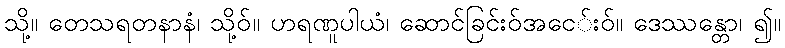
သို့။ တေသရတနာနံ၊ သို့ဝ်။ ဟရဏူပါယံ၊ ဆောင်ခြင်းဝ်အငေ်းဝ်။ ဒေဿန္တော၊ ၍။